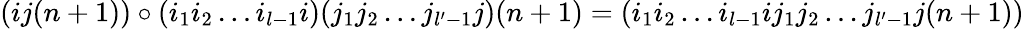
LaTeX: (ij(n+1))\circ(i_{1}i_{2}\ldots i_{l-1}i)(j_{1}j_{2}\ldots j_{l^{\prime}-1}j)(n+1)=(i_{1}i_{2}\ldots i_{l-1}ij_{1}j_{2}\ldots j_{l^{\prime}-1}j(n+1))